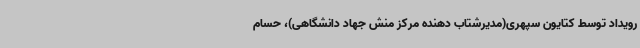
رویداد توسط کتایون سپهری(مدیرشتاب دهنده مرکز منش جهاد دانشگاهی)، حسام